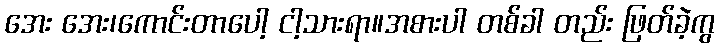
အေး အေး၊ကောင်းတာပေါ့ ငါ့သားရာ။အစားပါ တစ်ခါ တည်း ဖြတ်ခဲ့ကွ